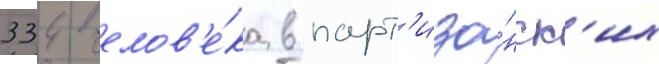
334 челов'е́ка в парт'иза́нск'их